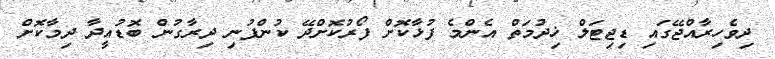
ދިވެހިރާއްޖޭގައި ޑިޖިޓަލް ޚިދުމަތް އެންމެ ފުޅާކޮށް ފޯރުކޮށްދޭ ކުންފުނި ދިރާގުން ބޮޑުއީދާ ދިމާކޮށް